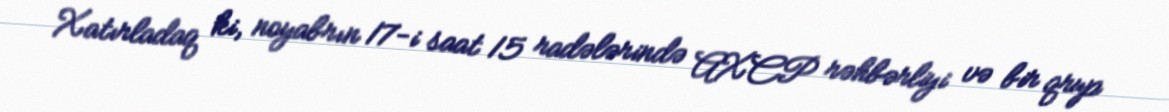
Xatırladaq ki, noyabrın 17-i saat 15 radələrində AXCP rəhbərliyi və bir qrup